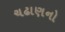
ચઢાણનો